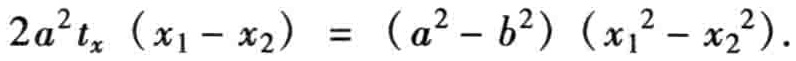
\(2a^{2}t_{x}\left(x_{1}-x_{2}\right)=\left(a^{2}-b^{2}\right)\left(x_{1}^{2}-x_{2}^{2}\right)\)